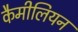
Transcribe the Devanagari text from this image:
कैमीलियन